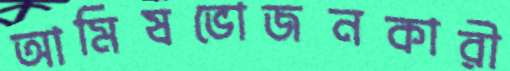
আমিষভোজনকারী